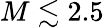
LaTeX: M\lesssim 2.5